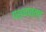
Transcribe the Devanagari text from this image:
पश्चात्तप